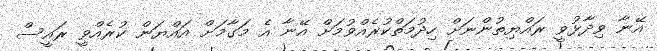
އޭނާ ވިދާޅުވީ ރައްޔިތުންނަށް ހިދުމަތްކުރެއްވުމަށް އޭނާ އެ މަގާމަށް އައްޔަން ކުރެއްވީ ރައީސް